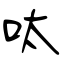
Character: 呔